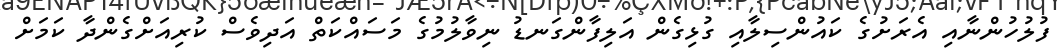
ފުލުހުންނާއި އެރަށުގެ ކައުންސިލާއި ގުޅިގެން އަލިފާންގަނޑު ނިވާލުމުގެ މަސައްކަތް އަދިވެސް ކުރިއަށްގެންދާ ކަމަށް